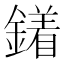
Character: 𨬣